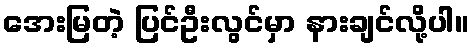
အေးမြတဲ့ ပြင်ဦးလွင်မှာ နားချင်လို့ပါ။